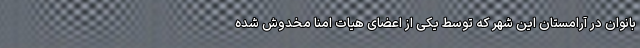
بانوان در آرامستان این شهر که توسط یکی از اعضای هیات امنا مخدوش شده